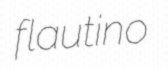
flautino